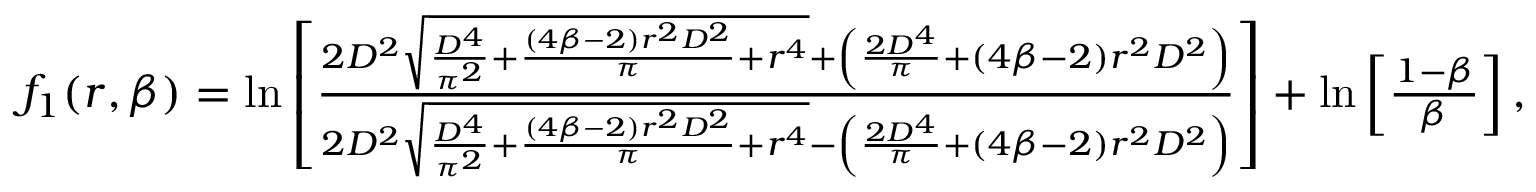
\begin{array} { r } { f _ { 1 } ( r , \beta ) = \ln \left[ \frac { 2 D ^ { 2 } \sqrt { \frac { D ^ { 4 } } { \pi ^ { 2 } } + \frac { \left( 4 \beta - 2 \right) r ^ { 2 } D ^ { 2 } } { \pi } + r ^ { 4 } } + \left( \frac { 2 D ^ { 4 } } { \pi } + \left( 4 \beta - 2 \right) r ^ { 2 } D ^ { 2 } \right) } { 2 D ^ { 2 } \sqrt { \frac { D ^ { 4 } } { \pi ^ { 2 } } + \frac { \left( 4 \beta - 2 \right) r ^ { 2 } D ^ { 2 } } { \pi } + r ^ { 4 } } - \left( \frac { 2 D ^ { 4 } } { \pi } + \left( 4 \beta - 2 \right) r ^ { 2 } D ^ { 2 } \right) } \right] + \ln \left[ \frac { 1 - \beta } { \beta } \right] , } \end{array}